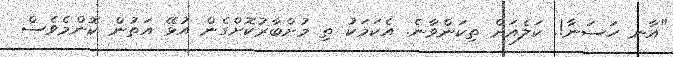
"އާނ ހަސަނާ!. ކަލެއަށް ތިކަންވާނެ. އެކަމަކު ތި މުށްބާރުކޮށްގެން އުޅޭ އަތުން ކޮންމެވެސް